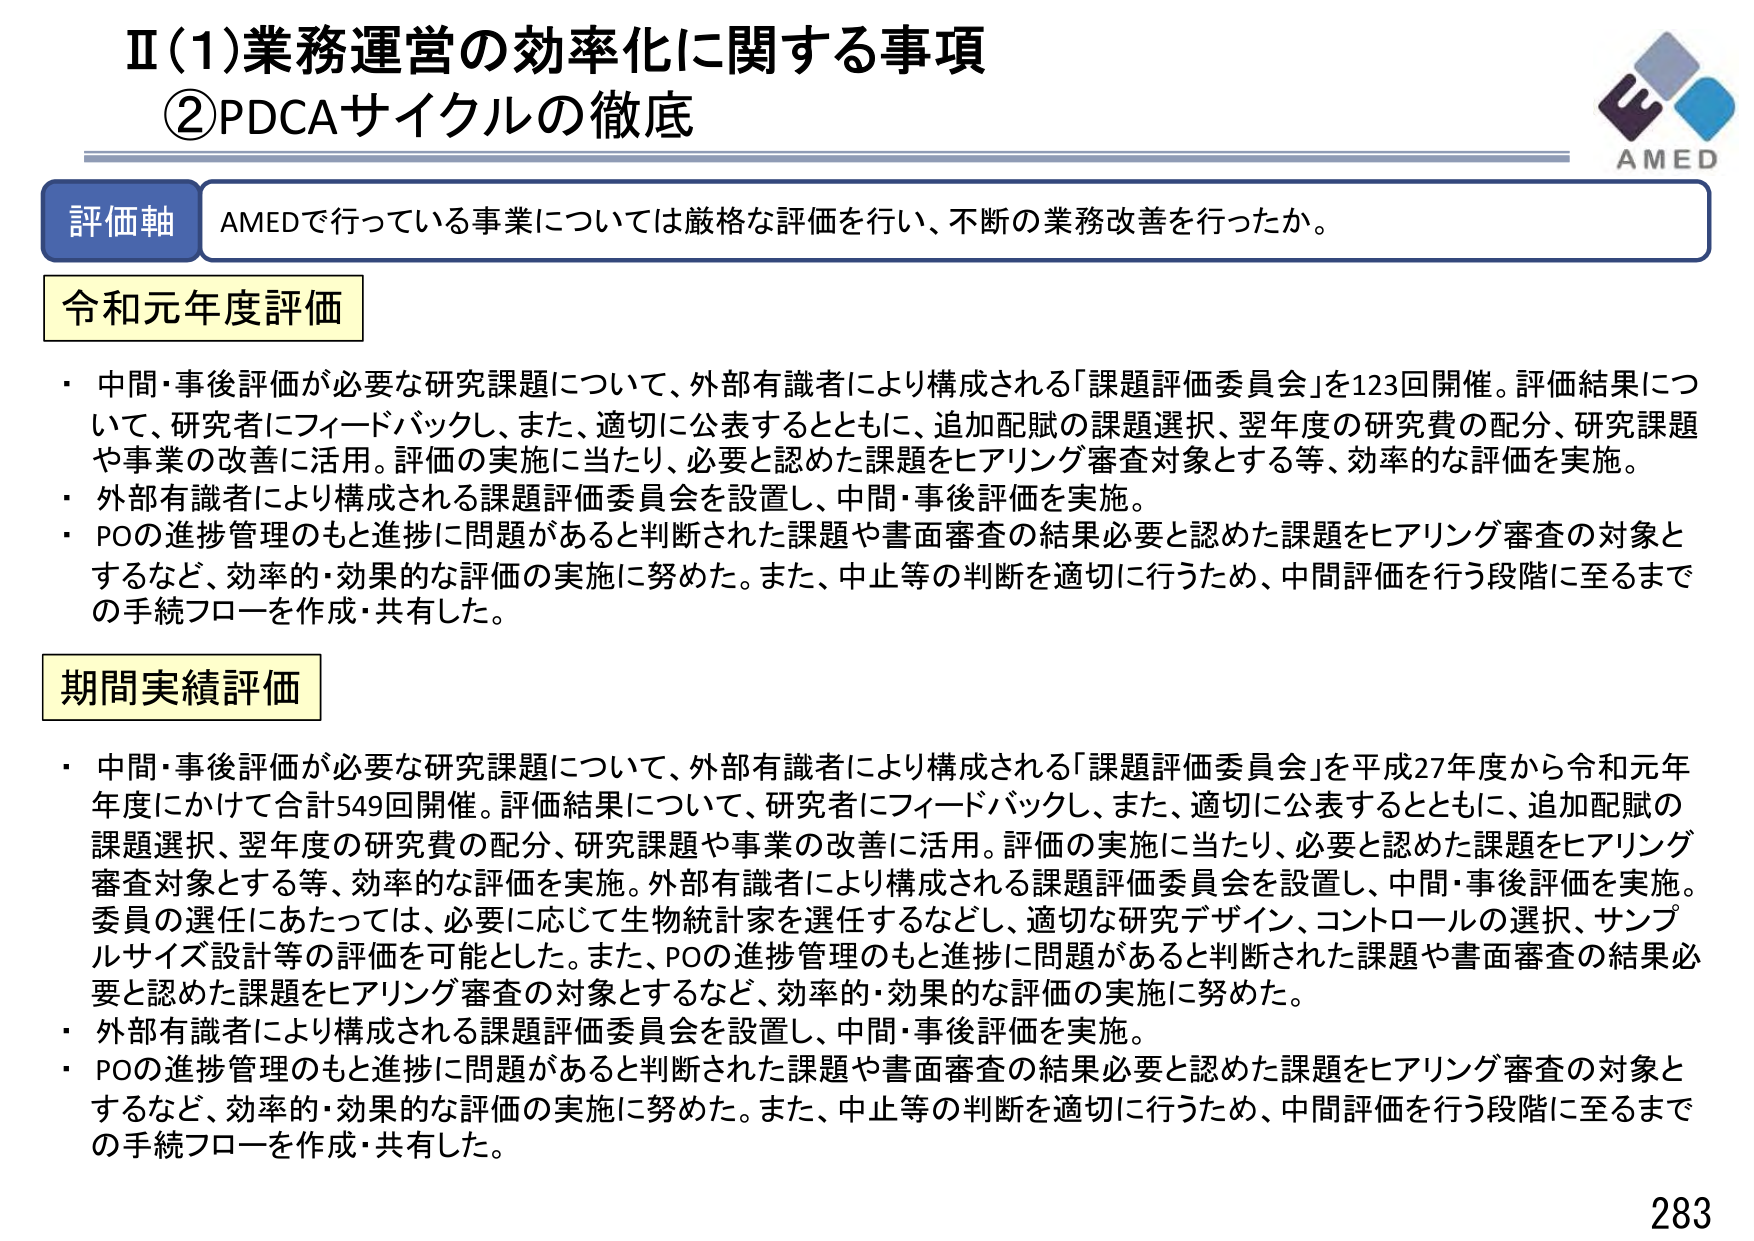
Ⅱ(1)業務運営の効率化に関する事項
②PDCAサイクルの徹底

評価軸 AMEDで行っている事業については厳格な評価を行い、不断の業務改善を行ったか。

令和元年度評価
・中間・事後評価が必要な研究課題について、外部有識者により構成される「課題評価委員会」を123回開催。評価結果について、研究者にフィードバックし、また、適切に公表するとともに、追加配賦の課題選択、翌年度の研究費の配分、研究課題や事業の改善に活用。評価の実施に当たり、必要と認めた課題をヒアリング審査対象とする等、効率的な評価を実施。
・外部有識者により構成される課題評価委員会を設置し、中間・事後評価を実施。
・POの進捗管理のもと進捗に問題があると判断された課題や書面審査の結果必要と認めた課題をヒアリング審査の対象とするなど、効率的・効果的な評価の実施に努めた。また、中止等の判断を適切に行うため、中間評価を行う段階に至るまでの手続フローを作成・共有した。

期間実績評価
・中間・事後評価が必要な研究課題について、外部有識者により構成される「課題評価委員会」を平成27年度から令和元年度にかけて合計549回開催。評価結果について、研究者にフィードバックし、また、適切に公表するとともに、追加配賦の課題選択、翌年度の研究費の配分、研究課題や事業の改善に活用。評価の実施に当たり、必要と認めた課題をヒアリング審査対象とする等、効率的な評価を実施。外部有識者により構成される課題評価委員会を設置し、中間・事後評価を実施。委員の選任にあたっては、必要に応じて生物統計家を選任するなどし、適切な研究デザイン、コントロールの選択、サンプルサイズ設計等の評価を可能とした。また、POの進捗管理のもと進捗に問題があると判断された課題や書面審査の結果必要と認めた課題をヒアリング審査の対象とするなど、効率的・効果的な評価の実施に努めた。
・外部有識者により構成される課題評価委員会を設置し、中間・事後評価を実施。
・POの進捗管理のもと進捗に問題があると判断された課題や書面審査の結果必要と認めた課題をヒアリング審査の対象とするなど、効率的・効果的な評価の実施に努めた。また、中止等の判断を適切に行うため、中間評価を行う段階に至るまでの手続フローを作成・共有した。

AMED
283